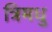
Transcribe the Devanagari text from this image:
त्रिमधु